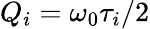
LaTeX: Q_{i}=\omega_{0}\tau_{i}/2